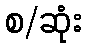
စ/ဆုံး